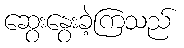
ဆွေးနွေးခဲ့ကြသည်